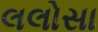
લલોસા